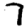
Digit: 7